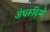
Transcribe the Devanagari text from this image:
अंधरूढ़ियों